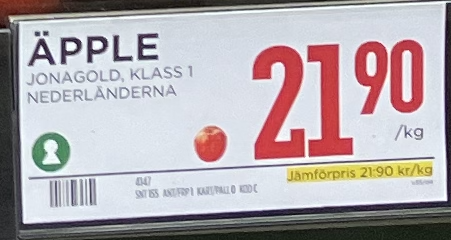
Vara: Äpple
Genomsnittspris: 21.9 per kg